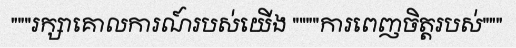
"""រក្សាគោលការណ៍របស់យើង """"ការពេញចិត្តរបស់"""